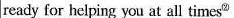
ready for helping you at all times^{②}.